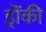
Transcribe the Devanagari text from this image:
ड्रोंकी